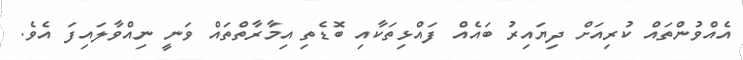
އެއްވުންތައް ކުރިއަށް ދިޔައިރު ބައެއް ފައްޅިތަކާއި ބޮޑެތި އިމާރާތްތައް ވަނީ ނިއްވާލައިފަ އެވެ.